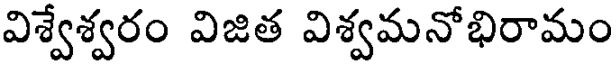
విశ్వేశ్వరం విజిత విశ్వమనోభిరామం